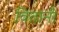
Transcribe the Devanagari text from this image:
वितानी